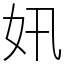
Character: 㚨